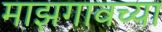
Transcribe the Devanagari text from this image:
माझगावच्या